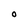
Character: O